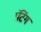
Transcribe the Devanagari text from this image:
प्रंटिंग